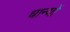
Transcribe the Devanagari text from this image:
धान्यों